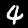
Label: 4